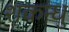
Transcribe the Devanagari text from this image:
शकन्धु